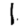
Digit: 1